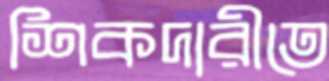
শিকদারীতে